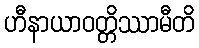
ဟီနာယာဝတ္တိဿာမီတိ